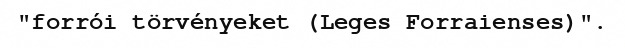
"forrói törvényeket (Leges Forraienses)".